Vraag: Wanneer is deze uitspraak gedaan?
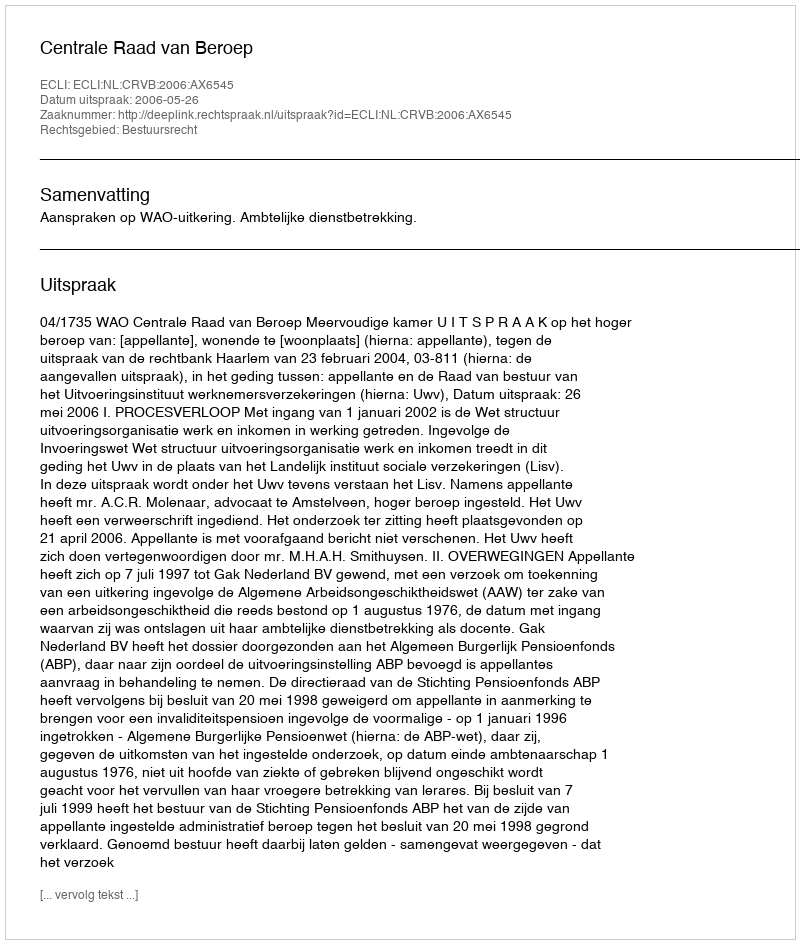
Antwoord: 2006-05-26